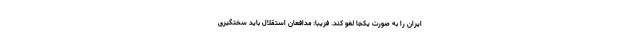
ایران را به صورت یکجا لغو کند. فریبا: مدافعان استقلال باید سختگیری